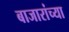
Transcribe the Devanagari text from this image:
बाजारांच्या